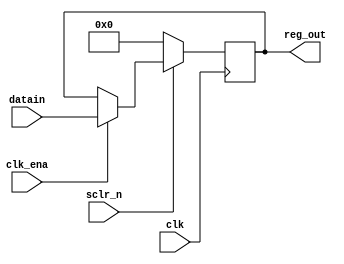
module Sync16BitRegister(
  input wire [15:0] datain,   
  input wire sclr_n,          // Active-low synchronous reset
  input wire clk_ena,         // Clock enable
  input wire clk,             
  output reg [15:0] reg_out   
);
  always @(posedge clk) begin
    if (sclr_n == 0)      // Reset condition
      reg_out <= 0;
      
    else if (clk_ena == 1) // Clock enabled
      reg_out <= datain;
  end

endmodule